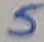
Text: 5